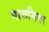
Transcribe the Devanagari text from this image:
मारूमिसा